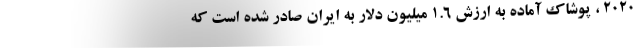
2020 ، پوشاک آماده به ارزش 1.6 میلیون دلار به ایران صادر شده است که